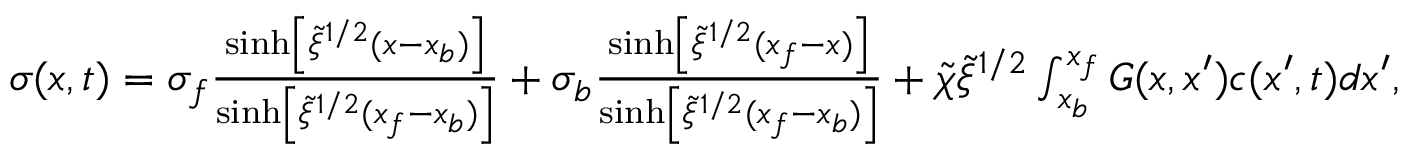
\begin{array} { r } { \sigma ( x , t ) = \sigma _ { f } \frac { \sinh \left[ \tilde { \xi } ^ { 1 / 2 } ( x - x _ { b } ) \right] } { \sinh \left[ \tilde { \xi } ^ { 1 / 2 } ( x _ { f } - x _ { b } ) \right] } + \sigma _ { b } \frac { \sinh \left[ \tilde { \xi } ^ { 1 / 2 } ( x _ { f } - x ) \right] } { \sinh \left[ \tilde { \xi } ^ { 1 / 2 } ( x _ { f } - x _ { b } ) \right] } + \tilde { \chi } \tilde { \xi } ^ { 1 / 2 } \int _ { x _ { b } } ^ { x _ { f } } G ( x , x ^ { \prime } ) c ( x ^ { \prime } , t ) d x ^ { \prime } , } \end{array}